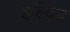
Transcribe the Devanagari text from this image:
हल्द्रिच